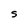
Character: S